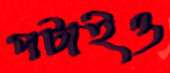
পটাইও